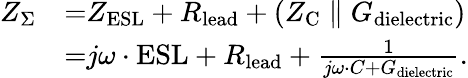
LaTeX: {\begin{array}{rl}{Z_{\Sigma}}&{{=}Z_{\mathrm{ESL}}+R_{\mathrm{lead}}+(Z_{\mathrm{C}}\parallel G_{\mathrm{dielectric}})}\\ &{{=}j\omega\cdot{\mathrm{ESL}}+R_{\mathrm{lead}}+{\frac{1}{j\omega\cdot C+G_{\mathrm{dielectric}}}}.}\end{array}}